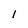
Character: l